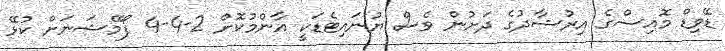
ޑޭވިޑް މޮއިސްގެ އިރުޝާދުގެ ދަށުން ވެސް ޔުނައިޓެޑަކީ އާންމުކޮށް 2-4-4 ފޯމޭޝަނަށް ކުޅޭ